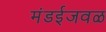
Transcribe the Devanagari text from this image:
मंडईजवळ